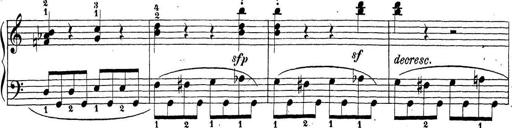
Title: Sonatina Album
Composer: Louis KÃ¶hler